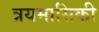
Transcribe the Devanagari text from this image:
त्रयमासिकी